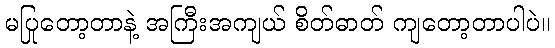
မပြုတော့တာနဲ့ အကြီးအကျယ် စိတ်ဓာတ် ကျတော့တာပါပဲ။